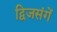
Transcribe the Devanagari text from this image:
द्विजसंगें